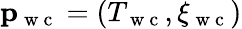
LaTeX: \mathbf{p}_{\mathrm{~w~c~}}=(T_{\mathrm{~w~c~}},\xi_{\mathrm{~w~c~}})